Report of the Indian Hemp Drugs Commission, 1894-1895 - Volume I
Year: 1894
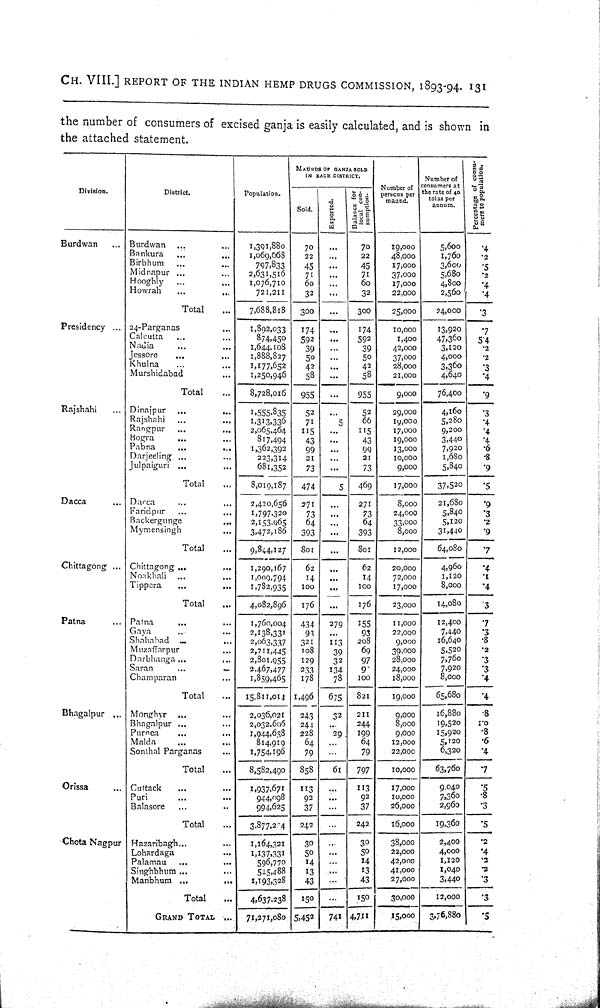
CH. VIII.] REPORT OF THE INDIAN HEMP DRUGS COMMISSION, 1893-94. 131
the number of consumers of excised ganja is easily calculated, and is shown in
the attached statement.
MAUNDS OF GANJA SOLD
IN EACH DISTRICT.
Number of
persons per
maund.
Number of
consumers at
the rate of 40
tolas per
annum.
Percentage of consu-
mers
to population.
MAUNDS OF GANJA SOLD
IN EACH DISTRICT.
Number of
persons per
maund.
Number of
consumers at
the rate of 40
tolas per
annum.
Percentage of consu-
mers
to population.
Division.
District.
Population.
Sold.
Exported.
Balance for
local con-
sumption.
Number of
persons per
maund.
Number of
consumers at
the rate of 40
tolas per
annum.
Percentage of consu-
mers
to population.
Burdwan
Burdwan
1,391,880
70
70
19,000
5,600
.4
Bankura
1,069,668
22
22
48,000
1,760
.2
Birbhum
797,833
45
45
17,000
3,600
.5
Midnapur
2,631,516
71
71
37,000
5,680
.2
Hooghly
1,076,710
60
60
17,000
4,800
.4
Howrah
721,211
32
32
22,000
2,560
.4
Total
7,688,8l8
300
300
25,000
24,000
.3
Presidency
24-Parganas
1,892,033
174
174
10,000
13,920
.7
Calcutta
874,450
592
592
1,400
47,360
5.4
Nadia
1,644,108
39
39
42,000
3,120
.2
Jessore
1,888,827
50
50
37,000
4,000
.2
Khulna
1,177,652
42
42
28,000
3,360
.3
Murshidabad
1,250,946
58
58
21,000
4,640
.4
Total
8,728,016
955
955
9,000
76,400
.9
Rajshahi
Dinajpur
1,555,835
52
52
29,000
4,160
.3
Rajshahi
1,313,336
71
5
66
19,000
5,280
.4
Rangpur
2,065,464
115
115
17,000
9,200
.4
Bogra
817,494
43
43
19,000
3,440
.4
Pabna
1,362,392
99
99
13,000
7,920
.6
Darjeeling
223,314
21
21
10,000
1,680
.8
Julpaiguri
681,352
73
73
9,000
5,840
.9
Total
8,019,187
474
5
469
17,000
37,520
.5
Dacca
Darca
2,420,656
271
271
8,000
21,680
.9
Faridpur
1,797,320
73
73 24,000
5,840
.3
Backergunge
2,153,965
64
64
33,000
5,120
.2
Mymensingh
3,472,186
393
393
8,000
31,440
.9
Total
9,844,127
801
801
12,000
64,080
.7
Chittagong
Chittagong
1,290,167
62
62
20,000
4,960
.4
Noakhali
1,009,794
14
14
72,000
1,120
.1
Tippera
1,782,935
100
100
17,000
8,000
.4
Total
4,082,896
176
176
23,000
14,080
.3
Patna
Patna
1,760,004
434
279
155
11,000
12,400
.7
Gaya
2,138,331
93
93
22,000
7,440
.3
Shahahad
2,063,337
321
113
208
9,000
16,640
.8
Muzaffarpur
2,711,445
108
39
69
39,000
5,520
.2
Darbhanga
2,801,955
129
32
97
28,000
7,760
.3
Saran
2,467,477
233
134
9
24,000
7,920
.3
Champaran
1,859,465
178
78
100
18,000
8,000
.4
Total
15,811,014 1,496
675
821
19,000
65,680
.4
Bhagalpur
Monghyr
2,036,021
243
32
211
9,000
16,880
.8
Bhagalpur
2,032,606
244
244
8,000
19,520
1.0
Purnea
1,944,658
228
29
199
9,000
15,920
.8
Malda
814,919
64
64
12,000
5,120
.6
Sonthal Parganas
1,754,196
79
79
22,000
6,320
.4
Total
8,582,490
858
61
797
10,000
63,760
.7
Orissa
Cuttack
1,937,671
113
113
17,000
9,040
.5
Puri
944,998
92
92
10,000
7,360
.8
Balasore
994,625
37
37
26,000
2,960
.3
Total
3,877,294
242
242
16,000
19,360
.5
Chota Nagpur Hazaribagh
1,164,321
30
30
38,000
2,400
.2
Lohardaga
1,137,331
59
50
22,000
4,000
.4
Palamau
596,770
14
14
42,000
1,120
.2
Singhbhum
545,488
13
13
41,090
1,040
.2
Manbhum
1,193,328
43
43
27,000
3,440
.3
Total
4,637,238
150
150 30,000
12,000
.3
GRAND
TOTAL
71,271,080 5,452
741 4,711
15,000
3,76,880
.5